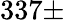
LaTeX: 337\pm